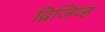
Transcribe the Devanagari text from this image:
द्विजिव्ह